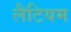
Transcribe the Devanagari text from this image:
लैटियम